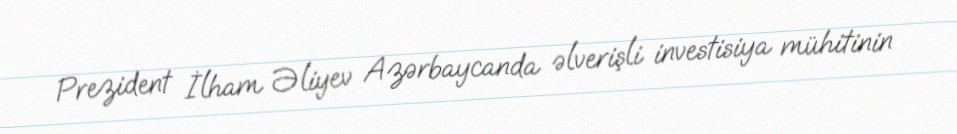
Prezident İlham Əliyev Azərbaycanda əlverişli investisiya mühitinin